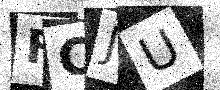
Text: FCJU